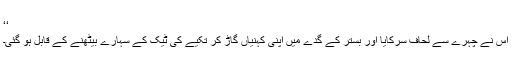
‘‘
اس نے چہرے سے لحاف سرکایا اور بستر کے گدے میں اپنی کہنیاں گاڑ کر تکیے کی ٹیک کے سہارے بیٹھنے کے قابل ہو گئی۔